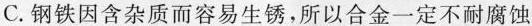
C.钢铁因含杂质而容易生锈，所以合金一定不耐腐蚀